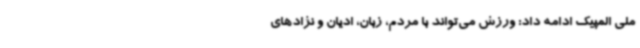
ملی المپیک ادامه داد: ورزش می‌تواند با مردم، زبان، ادیان و نژادهای